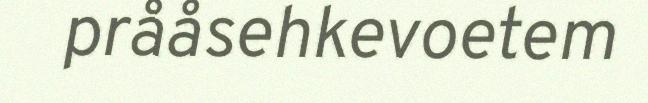
prååsehkevoetem